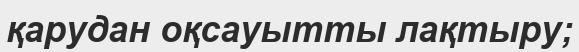
қарудан оқсауытты лақтыру;